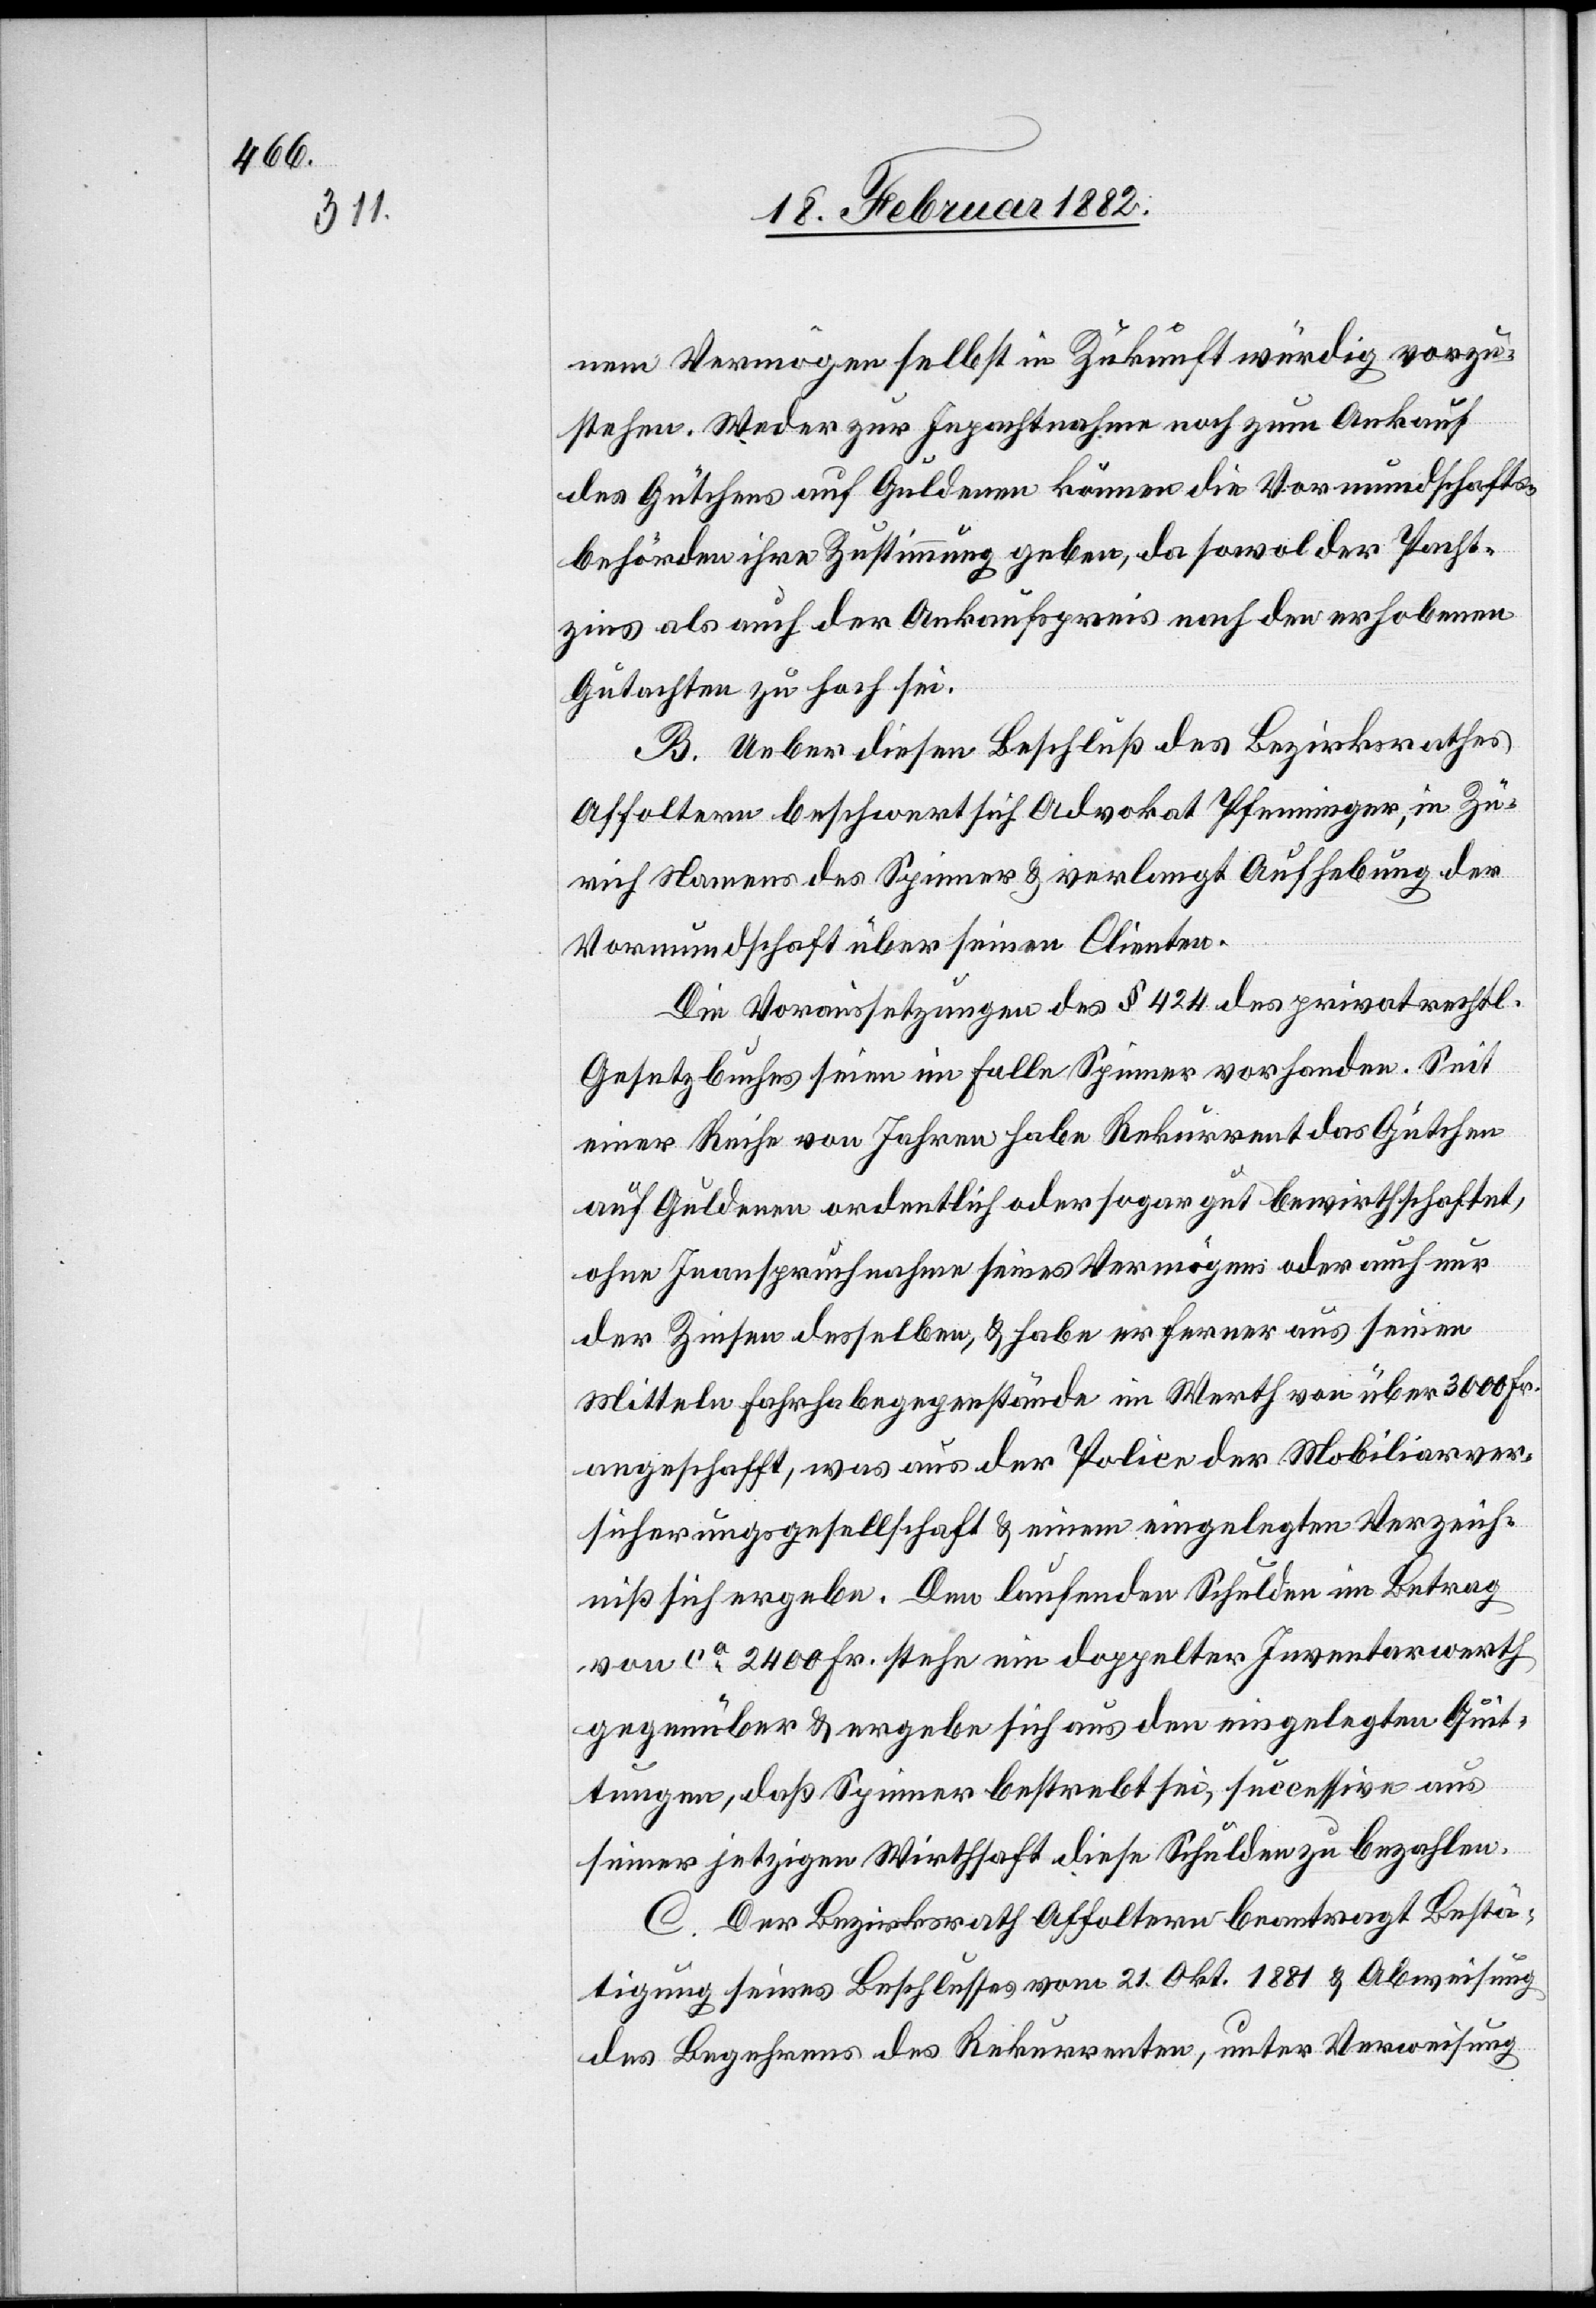
nem Vermögen selbst in Zukunft würdig vorzu¬
stehen. Weder zur Inpachtnahme noch zum Ankauf
des Gütchens auf Guldern können die Vormundschafts¬
behörden ihre Zustimmung geben, da sowol der Pacht¬
zins als auch der Ankaufspreis nach den erhobenen
Gutachten zu hoch sei.
B. Ueber diesen Beschluß des Bezirksrathes
Affoltern beschwert sich Advokat Pfenninger, in Zü¬
rich Namens des Spinner & verlangt Aufhebung der
Vormundschaft über seinen Clienten.
Die Voraussetzungen des § 424 des privatrechtl.
Gesetz behufs seinen im Falle Spinner vorhanden. Seit
einer Reihe von Jahren habe Rekurrent das Gütchen
auf Guldern ordentlich oder sogar gut bewirtschaftet,
ohne Inanspruchnahme seines Vermögens oder auch nur
der Zinsen desselben, & habe er ferner aus seinen
Mitteln Fahrhabegegenstände im Werth von über 3000 Fr.
angeschafft, was aus der Police der Mobiliarver¬
sicherungsgesellschaft & einem eingelegten Verzeich¬
niß sich ergeben. Den laufenden Schulden im Betrag
von ca 2400 Fr. stehe ein doppelter Inventarwerth
seiner jetzigen Wirthschaft diese Schulden zu bezahlen.
C. Der Bezirksrath Affoltern beantragt Bestä¬
tigung seines Beschlusses vom 21. Okt. 1881 & Abweisung
des Begehrens des Rekurrenten, unter Verweisung